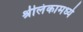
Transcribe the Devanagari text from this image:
श्रीलंकामध्ये